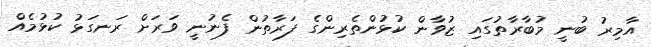
އާމިރު ބުނީ މުބާރާތުގައި ޒުވާން ކުޅުންތެރިންގެ ފަރާތުން ފެނުނީ ވަރަށް ރަނގަޅު ކުޅުމެއް